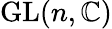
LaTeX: {\mathrm{GL}}(n,\mathbb{C})